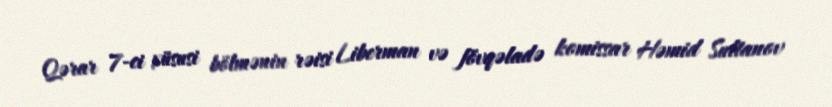
Qərar 7-ci xüsusi bölmənin rəisi Liberman və fövqəladə komissar Həmid Sultanov